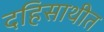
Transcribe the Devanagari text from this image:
दहिसाथीत